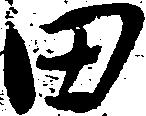
田